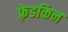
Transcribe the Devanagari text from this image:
फ़्रेडकिन